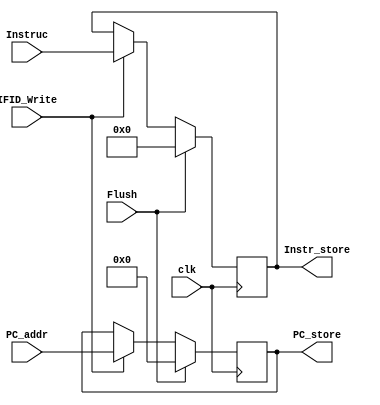
module IF_ID (
    input clk, IFID_Write, Flush,
    input [63:0] PC_addr,
    input [31:0] Instruc,
    output reg [63:0] PC_store,
    output reg [31:0] Instr_store
);

    always @(posedge clk) begin
        if (Flush) begin
            PC_store <= 0;
            Instr_store <= 0;
        end
        else if (!IFID_Write) begin
            PC_store <= PC_store;
            Instr_store <= Instr_store;
        end
        else begin
            PC_store <= PC_addr;
            Instr_store <= Instruc;
        end
    end

endmodule